Indian journal of veterinary science and animal husbandry - Volume 14,
Year: 1944
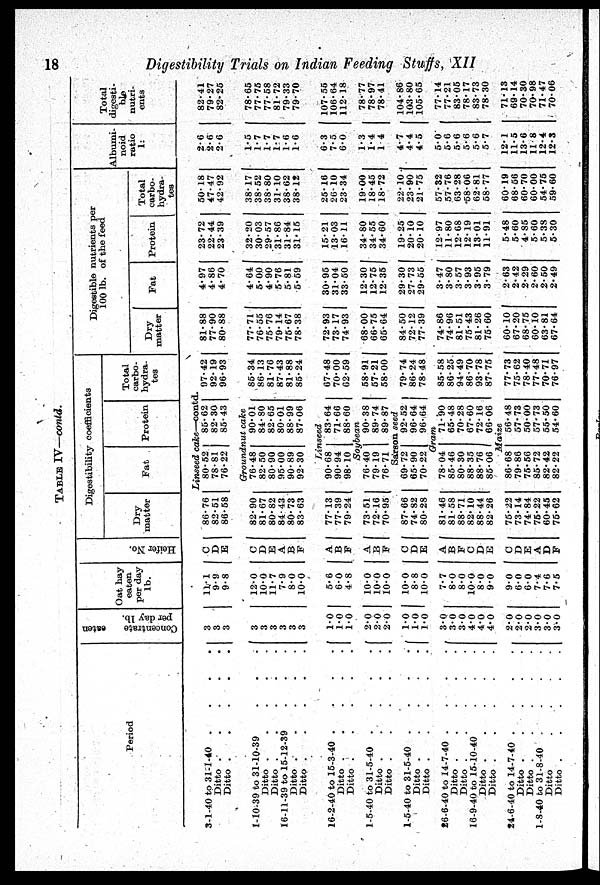
18
Digestibility Trials on Indian Feeding Stuffs, XII
TABLE IV—contd.
Period
3-1-40 to 31-1-40 . . . . .
Ditto . . . . .
Ditto . . . . .
1-10-39 to 31-10-39 . . . . .
Ditto . . . . .
Ditto . . . . .
16-11-39 to 15-12-39 . . . . .
Ditto . . . . .
Ditto . . . . .
16-2-40 to 15-3-40 . . . . .
Ditto . . . . .
Ditto . . . . .
1-5-40 to 31-5-40 . . . . .
Ditto . . . . .
Ditto . . . . .
1-5-40 to 31-5-40 . . . . .
Ditto . . . . .
Ditto . . . . .
26-6-40 to 14-7-40 . . . . .
Ditto . . . . .
Ditto . . . . .
16-9-40 to 15-10-40 . . . . .
Ditto . . . . .
Ditto . . . . .
24-6-40 to 14-7-40 . . . . .
Ditto . . . . .
Ditto . . . . .
1-8-40 to 31-8-40 . . . . .
Ditto . . . . .
Ditto . . . . .
Concentrate
eaten
per
day
lb.
Oat hay
eaten
per day
lb.
Hei f er No.
Digestibility coefficients
Dry
matter
Fat
Protein
Total
carbo-
hydra-
tes
Digestible nutrients per
100 lb. of the feed
Dry
matter
Fat
Protein
Total
carbo-
hydra-
tes
Albumi-
noid
ratio
1:
Total
digesti-
ble
nutri-
ents
Linseed cake—contd.
3
3
3
11.1
9.9
9.8
C D
E
86.76
82.51
86.58
80.52
78.81
76.22
85.62
82.30
85.43
97.42
92.19
96.93
81.88
77.90
80.88
4.97
4.86
4.70
23.72
22.44
23.39
50.18
47.47
42.92
2.6
2.6
2.6
82.41
79.27
82.25
Groundnut cake
3
3
3
3
3
3
12.0
10.0
11.7
7.9
8.0
10.0
C
D
E
A
B
F
82.90
81.67
80.82
84.43
80.73
83.63
76.48
82.50
80.90
95.00
90.89
92.30
90.01
84.80
82.65
80.01
88.99
87.06
85.34
86.13
81.76
87.43
81.88
85.24
77.71
76.55
75.76
79.14
75.67
78.38
4.64
5.00
4.90
5.76
5.81
5.59
32.20
30.03
29.57
31.86
31.84
31.15
38.17
38.52
38.80
31.10
38.62
38.12
1.5
1.7
1.7
1.7
1.6
1.6
78.65
77.75
77.58
81.72
79.33
79.70
Trinseed
1.0
1.0
1.0
2.0
2.0
2.0
2.0
5.6
6.0
4.8
10.0
10.0
10.0
A
B
F
A
B
F
77.13
77.39
79.24
73.51
72.16
70.95
90.68
90.94
98.10
83.64
71.66
88.60
Soybean
76.40
79.19
76.71
90.38
89.74
89.87
67.48
70.00
62.59
58.91
57.21
58.00
72.93
73.17
74.93
68.00
66.75
65.64
30.95
31.04
33.50
12.30
12.75
12.35
15.21
13.03
16.11
34.80
34.55
34.60
25.16
26.10
23.34
19.00
18.45
18.72
6.3
7.5
6.0
1.3
1.4
1.4
107.55
106.64
112.18
78.77
78.97
78.41
Sarson seed
1.0
1.0
1.0
10.0
8.8
10.0
C
D
E
87.66
74.82
80.28
69.72
65.90
70.22
92.52
96.64
96.64
79.74
86.24
78.48
84.50
72.12
77.39
29.30
27.73
29.55
19.25
20.10
20.10
22.0
23.90
21.75
4.7
4.4
4.5
104.86
103.80
105.65
Gram
3.0
3.0
3.0
4.0
4.0
4.0
7.7
8.0
8.0
10.0
8.0
9.0
A
B
F
C
D
E
81.46
81.58
88.71
82.10
88.44
82.26
78.04
85.46
80.30
88.35
88.76
85.06
71.90
65.48
70.28
67.60
72.16
66.06
85.58
86.25
94.49
86.70
93.78
87.75
74.86
74.96
81.51
75.43
81.26
75.60
3.47
3.80
3.57
3.93
3.95
3.79
12.97
11.80
12.68
12.19
13.01
11.91
57.32
57.76
63.28
58.06
62.81
58.77
5.0
5.6
5.6
5.6
5.6
5.7
77.14
77.21
83.05
78.17
83.73
78.30
Maize
2.0
2.0
2.0
3.0
3.0
3.0
9.0
6.0
6.0
7.4
7.6
7.5
C
D
E
A
D
F
75.22
73.14
74.84
75.22
60.45
75.62
86.68
79.86
75.66
85.72
82.42
82.22
56.48
57.73
50.00
57.73
55.50
54.60
77.73
75.62
78.40
77.48
70.71
76.97
60.10
67.20
68.75
60.10
63.81
67.64
2.63
2.42
2.29
2.60
2.50
2.49
5.48
5.60
4.85
5.60
5.38
5.30
60.19
68.56
60.70
60.00
54.75
59.60
12.1
11.5
13.6
11.8
12.4
12.3
71.13
69.14
70.30
70.98
71.47
70.06